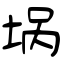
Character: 埚